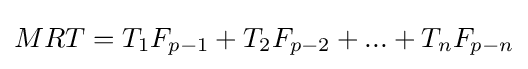
MRT=T_{1}F_{p-1}+T_{2}F_{p-2}+...+T_{n}F_{p-n}